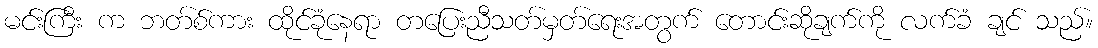
မင်းကြီး က ဘတ်စ်ကား ထိုင်ခုံနေရာ တပြေးညီသတ်မှတ်ရေးအတွက် တောင်းဆိုချက်ကို လက်ခံ ချင် သည်။